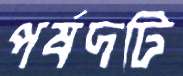
পর্ষদটি